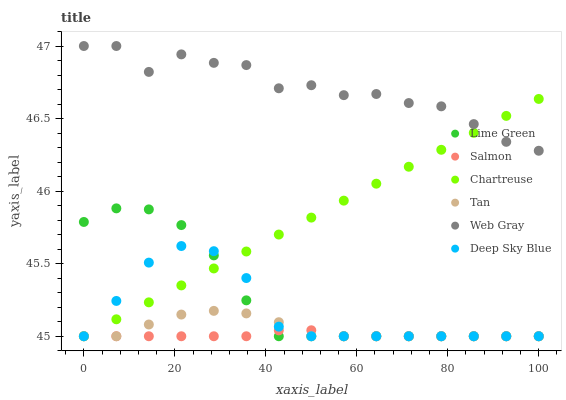
| xaxis_label | Lime Green | Salmon | Chartreuse | Tan | Web Gray | Deep Sky Blue |
 | --- | --- | --- | --- | --- | --- | --- |
 | 0 | 45.8 | 45 | 45 | 45 | 47 | 45 |
 | 7.14 | 45.9 | 45 | 45.1 | 45 | 47 | 45.2 |
 | 14.3 | 45.9 | 45 | 45.2 | 45.1 | 46.8 | 45.5 |
 | 21.4 | 45.8 | 45 | 45.4 | 45.1 | 46.9 | 45.6 |
 | 28.6 | 45.6 | 45 | 45.5 | 45.2 | 46.9 | 45.6 |
 | 35.7 | 45.2 | 45 | 45.6 | 45.2 | 46.9 | 45.4 |
 | 42.9 | 45 | 45 | 45.7 | 45.1 | 46.7 | 45.1 |
 | 50 | 45 | 45 | 45.8 | 45 | 46.7 | 45 |
 | 57.1 | 45 | 45 | 45.9 | 45 | 46.7 | 45 |
 | 64.3 | 45 | 45 | 46.1 | 45 | 46.7 | 45 |
 | 71.4 | 45 | 45 | 46.2 | 45 | 46.6 | 45 |
 | 78.6 | 45 | 45 | 46.3 | 45 | 46.6 | 45 |
 | 85.7 | 45 | 45 | 46.4 | 45 | 46.5 | 45 |
 | 92.9 | 45 | 45 | 46.5 | 45 | 46.3 | 45 |
 | 100 | 45 | 45 | 46.6 | 45 | 46.3 | 45 |